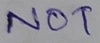
Text: NOT